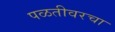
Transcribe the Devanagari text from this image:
पळतीवरचा